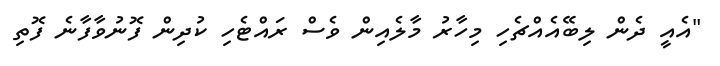
"އެއީ ދެން ލިބޭއެއްޗެހި މިހާރު މާލެއިން ވެސް ރައްޓެހި ކުދިން ފޮނުވާފާނެ ފޮތި